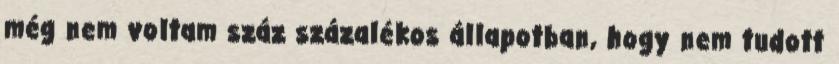
még nem voltam száz százalékos állapotban, hogy nem tudott